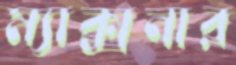
ম্যাক্সনার